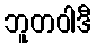
ဘူတဝါဒီ